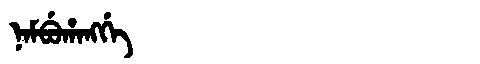
Manchu: ᠨᠠᠮᠪᡠᡥᠠᠩᡤᡝ
Romanization: NAMBUHANGGE